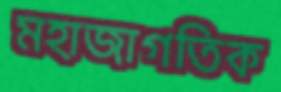
মহাজাগতিক